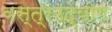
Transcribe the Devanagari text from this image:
वस्त्रउद्योग